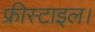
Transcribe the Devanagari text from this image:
फ्रीस्टाइल।